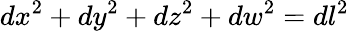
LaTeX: dx^{2}+dy^{2}+dz^{2}+dw^{2}=dl^{2}